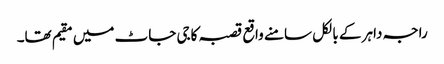
راجہ داہر کے بالکل سامنے واقع قصبہ کاجی جاٹ میں مقیم تھا۔